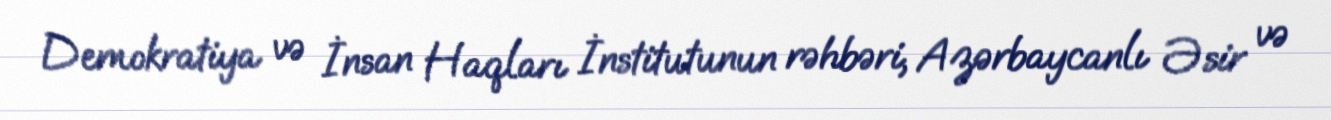
Demokratiya və İnsan Haqları İnstitutunun rəhbəri, Azərbaycanlı Əsir və